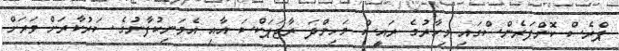
ޕްރެސް ކޮންފަރެންސްގައި މިހާރުގެ ރައީސް މަހިންދަ ރާޖަޕަކްސަ އާއި އެމަނިކުފާނުގެ ސަރުކާރަށް ވަރަށް